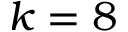
k = 8